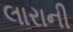
લારાની